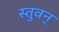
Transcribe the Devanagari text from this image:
स्तुवन्